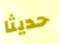
حديثا